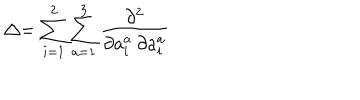
\bigtriangleup = \sum _ { i = 1 } ^ { 2 } \sum _ { a = 1 } ^ { 3 } \frac { \partial ^ { 2 } } { \partial a _ { i } ^ { a } \: \partial a _ { i } ^ { a } }